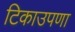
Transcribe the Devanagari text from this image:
टिकाउपणा